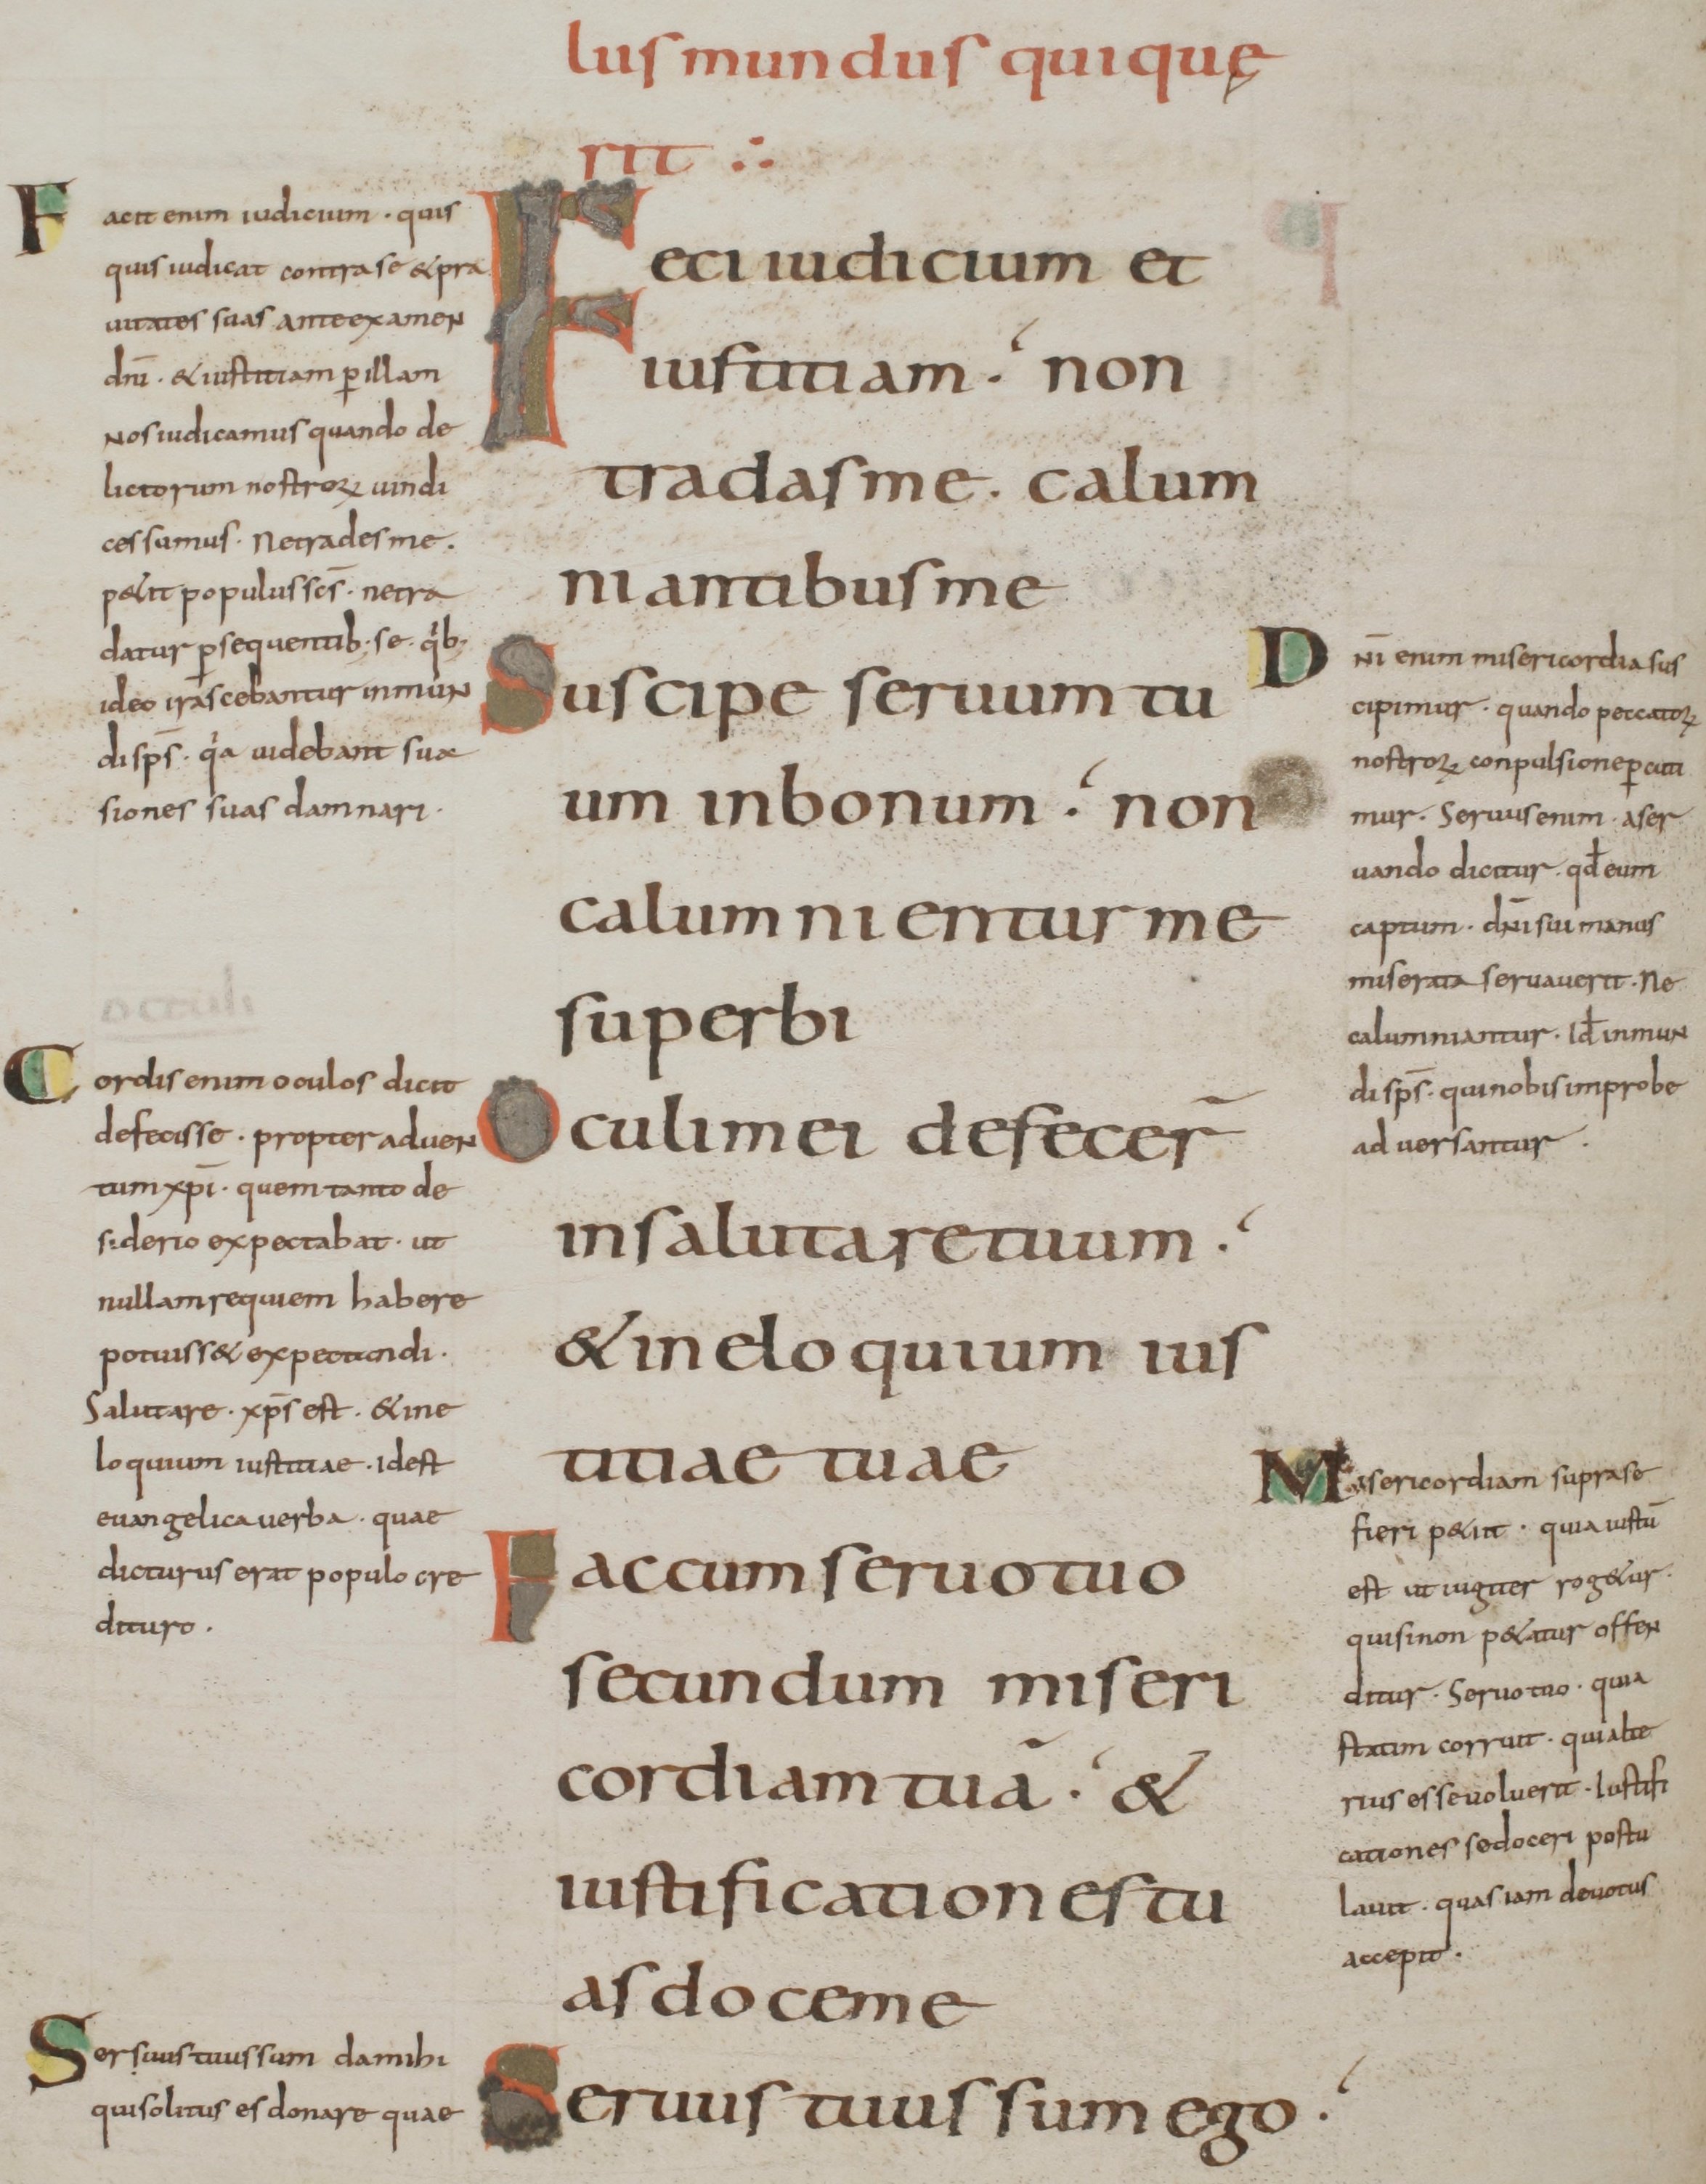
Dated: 800–899